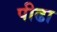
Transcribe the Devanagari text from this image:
पीढा